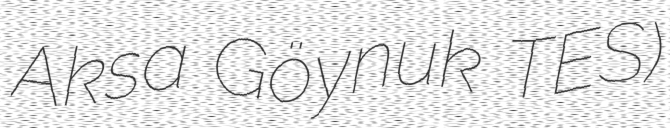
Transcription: Aksa Göynuk TES)